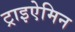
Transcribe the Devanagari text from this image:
ट्राइऐमिन